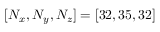
[ N _ { x } , N _ { y } , N _ { z } ] = [ 3 2 , 3 5 , 3 2 ]